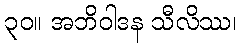
၃၀။ အဘိဝါဒန သီလိဿ၊